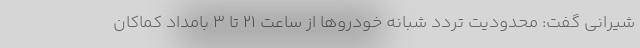
شیرانی گفت: محدودیت تردد شبانه خودرو‌ها از ساعت ۲۱ تا ۳ بامداد کماکان